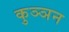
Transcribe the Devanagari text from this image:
कुञ्ञन